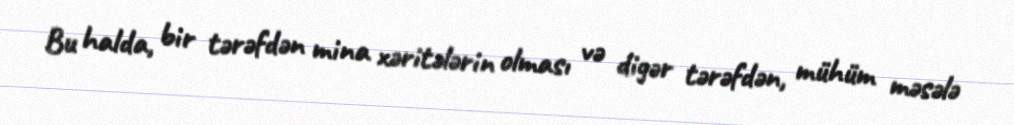
Bu halda, bir tərəfdən mina xəritələrin olması və digər tərəfdən, mühüm məsələ